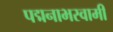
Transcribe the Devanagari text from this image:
पद्मनाभस्‍वामी